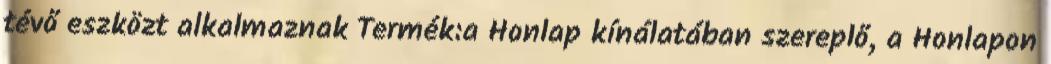
tévő eszközt alkalmaznak Termék:a Honlap kínálatában szereplő, a Honlapon